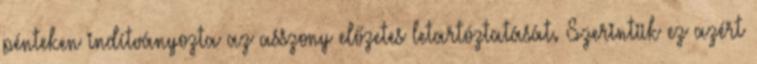
pénteken indítványozta az asszony előzetes letartóztatását. Szerintük ez azért